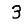
Digit: 3